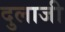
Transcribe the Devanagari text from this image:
दुलाजी